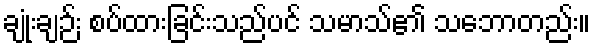
ချုံးချဉ်း စပ်ထားခြင်းသည်ပင် သမာသ်၏ သဘောတည်း။